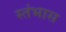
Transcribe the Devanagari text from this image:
स्तंभास